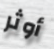
أوثر